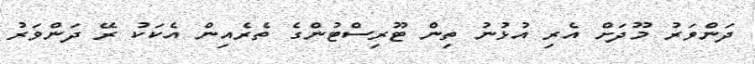
ދަންވަރު މޫދަށް އެރި އުޅުނު ތިން ޓޫރިސްޓުންގެ ތެރެއިން އެކަކު ރޭ ދަންވަރު